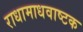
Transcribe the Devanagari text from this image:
राधामाधवाष्टक